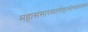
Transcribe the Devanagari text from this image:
महासंसारव्यामोहान्मोचयत्याश्‍वयं